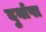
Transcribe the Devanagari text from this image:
दुर्वाषा